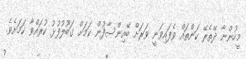
މީހުންނާ ދޭތެރޭ ކަންތައް ވެފައިވަނީ ވަރަށް ބޭއިންސާފުން ކަމަށް ގަބޫލުފުޅު ކުރައްވާ ކަމަށެވެ.